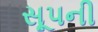
સૂપની